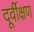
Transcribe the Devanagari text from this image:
दूर्वीक्षण